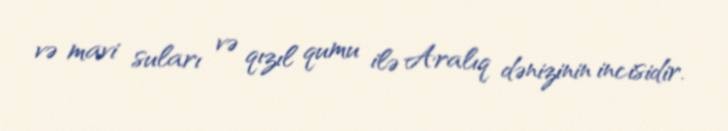
və mavi suları və qızıl qumu ilə Aralıq dənizinin incisidir.